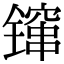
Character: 镩